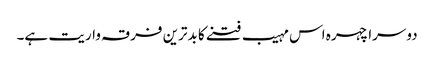
دوسرا چہرہ اس مہیب فتنے کا بدترین فرقہ واریت ہے۔